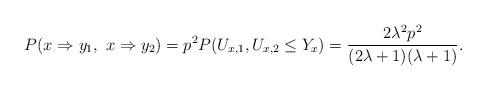
LaTeX: \begin{align*}P(x\Rightarrow y_1, ~x\Rightarrow y_2)=p^2P(U_{x,1},U_{x,2}\leq Y_x)=\frac{2\lambda^2p^2}{(2\lambda+1)(\lambda+1)}.\end{align*}